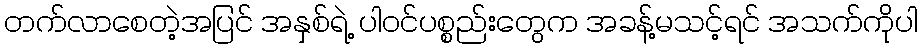
တက်လာစေတဲ့အပြင် အနှစ်ရဲ့ ပါဝင်ပစ္စည်းတွေက အခန့်မသင့်ရင် အသက်ကိုပါ